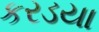
કરડયા